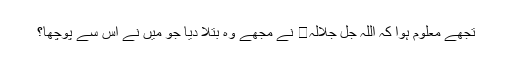
تجھے معلوم ہوا کہ اللہ جل جلالہ نے مجھے وہ بتلا دیا جو میں نے اس سے پوچھا؟